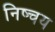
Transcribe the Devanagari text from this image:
निष्चय